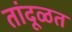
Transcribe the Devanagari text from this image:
तांदूळत